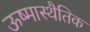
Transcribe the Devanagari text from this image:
ऊष्मास्थैतिक